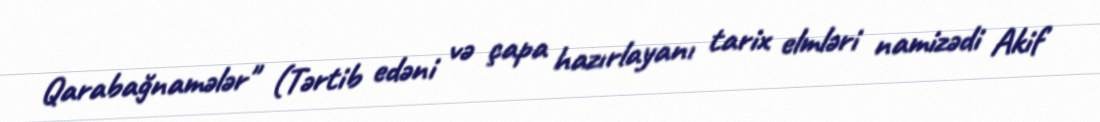
Qarabağnamələr" (Tərtib edəni və çapa hazırlayanı tarix elmləri namizədi Akif